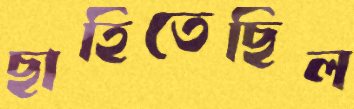
ছাহিতেছিল